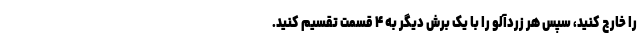
را خارج کنید، سپس هر زردآلو را با یک برش دیگر به ۴ قسمت تقسیم کنید.